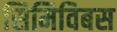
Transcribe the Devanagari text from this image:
सिमिविबस